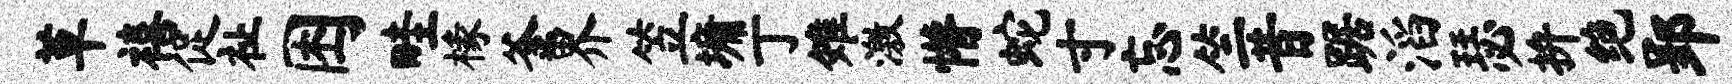
草禧促祉困畦椽釜界笠墉丁雉激懵蛇寸忘竺昔踞滔瑟拚绝郢